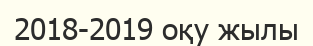
2018-2019 оқу жылы